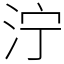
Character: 泞